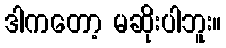
ဒါကတော့ မဆိုးပါဘူး။